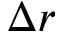
\Delta r